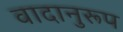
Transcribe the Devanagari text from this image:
वादानुरूप